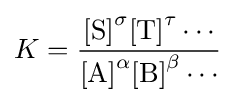
K={\frac {\mathrm {[S]} ^{\sigma }\mathrm {[T]} ^{\tau }\cdots }{\mathrm {[A]} ^{\alpha }\mathrm {[B]} ^{\beta }\cdots }}